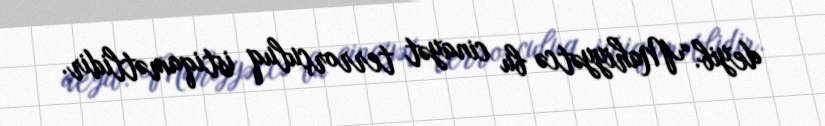
deyib.“Mahiyyətcə bu cinayət terrorçuluq istiqamətlidir.